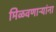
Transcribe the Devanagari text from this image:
मिळवणाऱ्यांना